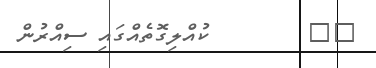
١٠        ކުއްލިގޮތެއްގައި ސިއްރުން